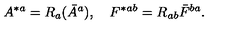
A ^ { * a } = R _ { a } ( \bar { A } ^ { a } ) , \quad F ^ { * } { } ^ { a b } = R _ { a b } \bar { F } ^ { b a } .